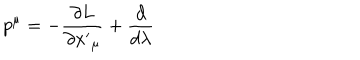
p ^ { \mu } = - \frac { \partial L } { \partial { x ^ { \prime } } _ { \mu } } + \frac { d } { d \lambda }